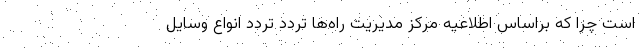
است چرا که براساس اطلاعیه مرکز مدیریت راه‌ها تردد تردد انواع وسایل